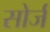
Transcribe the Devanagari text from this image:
सोर्ज